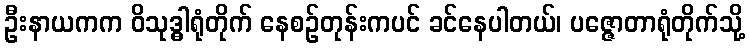
ဦးနာယကက ဝိသုဒ္ဓါရုံတိုက် နေစဉ်တုန်းကပင် ခင်နေပါတယ်၊ ပဇ္ဇောတာရုံတိုက်သို့